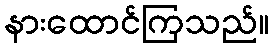
နားထောင်ကြသည်။